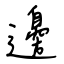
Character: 邊